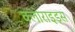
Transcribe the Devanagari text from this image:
क्लोराइड्स